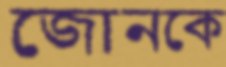
জোনকে